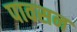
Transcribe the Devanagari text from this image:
पावसन